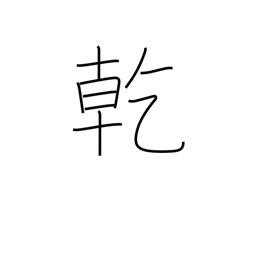
Meaning: drink up